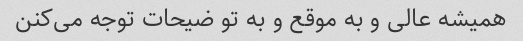
همیشه عالی و به موقع و به تو ضیحات توجه می‌کنن